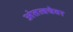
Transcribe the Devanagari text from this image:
अंतत्वचेवर